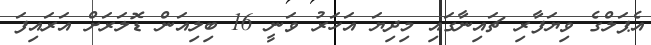
އެޕަލްގެ ވިޔަފާރި ޗައިނާގައި މިދިޔަ އަހަރު ވަނީ 16 ބިލިއަން ޑޮލަރަށް އަރައިފަ